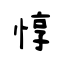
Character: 惇